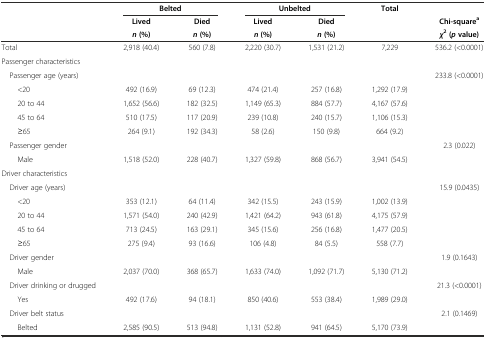
<table><thead><tr><td></td><td colspan="2"><b>Belted</b></td><td colspan="2"><b>Unbelted</b></td><td rowspan="3"><b>Total</b></td><td></td></tr><tr><td></td><td><b>Lived</b></td><td><b>Died</b></td><td><b>Lived</b></td><td><b>Died</b></td><td><b>Chi-square<sup>a</sup></b></td></tr><tr><td></td><td><b><i>n</i>(%)</b></td><td><b><i>n</i>(%)</b></td><td><b><i>n</i>(%)</b></td><td><b><i>n</i>(%)</b></td><td><b><i>χ</i><sup>2</sup>(<i>p</i>value)</b></td></tr></thead><tbody><tr><td>Total</td><td>2,918 (40.4)</td><td>560 (7.8)</td><td>2,220 (30.7)</td><td>1,531 (21.2)</td><td>7,229</td><td>536.2 (&lt;0.0001)</td></tr><tr><td>Passenger characteristics</td><td></td><td></td><td></td><td></td><td></td><td></td></tr><tr><td> Passenger age (years)</td><td></td><td></td><td></td><td></td><td></td><td>233.8 (&lt;0.0001)</td></tr><tr><td>&lt;20</td><td>492 (16.9)</td><td>69 (12.3)</td><td>474 (21.4)</td><td>257 (16.8)</td><td>1,292 (17.9)</td><td></td></tr><tr><td>20 to 44</td><td>1,652 (56.6)</td><td>182 (32.5)</td><td>1,149 (65.3)</td><td>884 (57.7)</td><td>4,167 (57.6)</td><td></td></tr><tr><td>45 to 64</td><td>510 (17.5)</td><td>117 (20.9)</td><td>239 (10.8)</td><td>240 (15.7)</td><td>1,106 (15.3)</td><td></td></tr><tr><td>≥65</td><td>264 (9.1)</td><td>192 (34.3)</td><td>58 (2.6)</td><td>150 (9.8)</td><td>664 (9.2)</td><td></td></tr><tr><td> Passenger gender</td><td colspan="2"></td><td colspan="2"></td><td></td><td>2.3 (0.022)</td></tr><tr><td>Male</td><td>1,518 (52.0)</td><td>228 (40.7)</td><td>1,327 (59.8)</td><td>868 (56.7)</td><td>3,941 (54.5)</td><td></td></tr><tr><td>Driver characteristics</td><td colspan="2"></td><td colspan="2"></td><td></td><td></td></tr><tr><td> Driver age (years)</td><td colspan="2"></td><td colspan="2"></td><td></td><td>15.9 (0.0435)</td></tr><tr><td>&lt;20</td><td>353 (12.1)</td><td>64 (11.4)</td><td>342 (15.5)</td><td>243 (15.9)</td><td>1,002 (13.9)</td><td></td></tr><tr><td>20 to 44</td><td>1,571 (54.0)</td><td>240 (42.9)</td><td>1,421 (64.2)</td><td>943 (61.8)</td><td>4,175 (57.9)</td><td></td></tr><tr><td>45 to 64</td><td>713 (24.5)</td><td>163 (29.1)</td><td>345 (15.6)</td><td>256 (16.8)</td><td>1,477 (20.5)</td><td></td></tr><tr><td>≥65</td><td>275 (9.4)</td><td>93 (16.6)</td><td>106 (4.8)</td><td>84 (5.5)</td><td>558 (7.7)</td><td></td></tr><tr><td> Driver gender</td><td></td><td></td><td></td><td></td><td></td><td>1.9 (0.1643)</td></tr><tr><td>Male</td><td>2,037 (70.0)</td><td>368 (65.7)</td><td>1,633 (74.0)</td><td>1,092 (71.7)</td><td>5,130 (71.2)</td><td></td></tr><tr><td> Driver drinking or drugged</td><td></td><td></td><td></td><td></td><td></td><td>21.3 (&lt;0.0001)</td></tr><tr><td>Yes</td><td>492 (17.6)</td><td>94 (18.1)</td><td>850 (40.6)</td><td>553 (38.4)</td><td>1,989 (29.0)</td><td></td></tr><tr><td> Driver belt status</td><td colspan="2"></td><td colspan="2"></td><td></td><td>2.1 (0.1469)</td></tr><tr><td>Belted</td><td>2,585 (90.5)</td><td>513 (94.8)</td><td>1,131 (52.8)</td><td>941 (64.5)</td><td>5,170 (73.9)</td><td></td></tr></tbody></table>